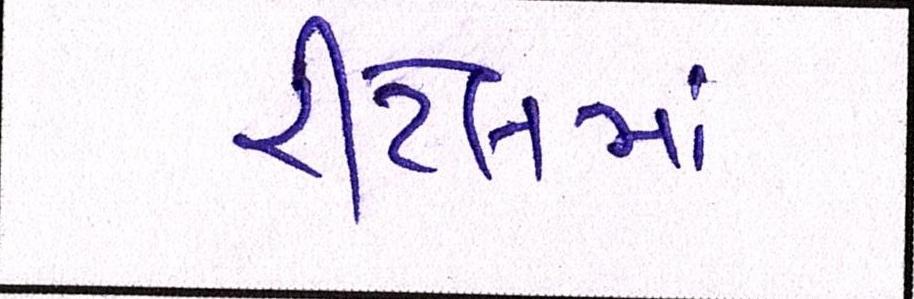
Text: રીટેલમાં